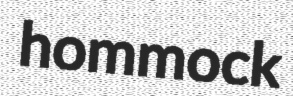
hommock